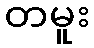
တမူး